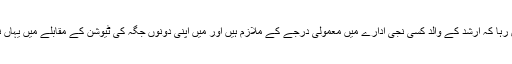
لیکن یہ سوچ کر خاموش رہا کہ ارشد کے والد کسی نجی ادارے میں معمولی درجے کے ملازم ہیں اور میں اپنی دونوں جگہ کی ٹیوشن کے مقابلے میں یہاں نصف وقت بھی نہیں دیتا۔